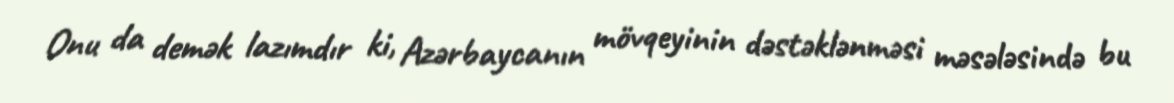
Onu da demək lazımdır ki, Azərbaycanın mövqeyinin dəstəklənməsi məsələsində bu